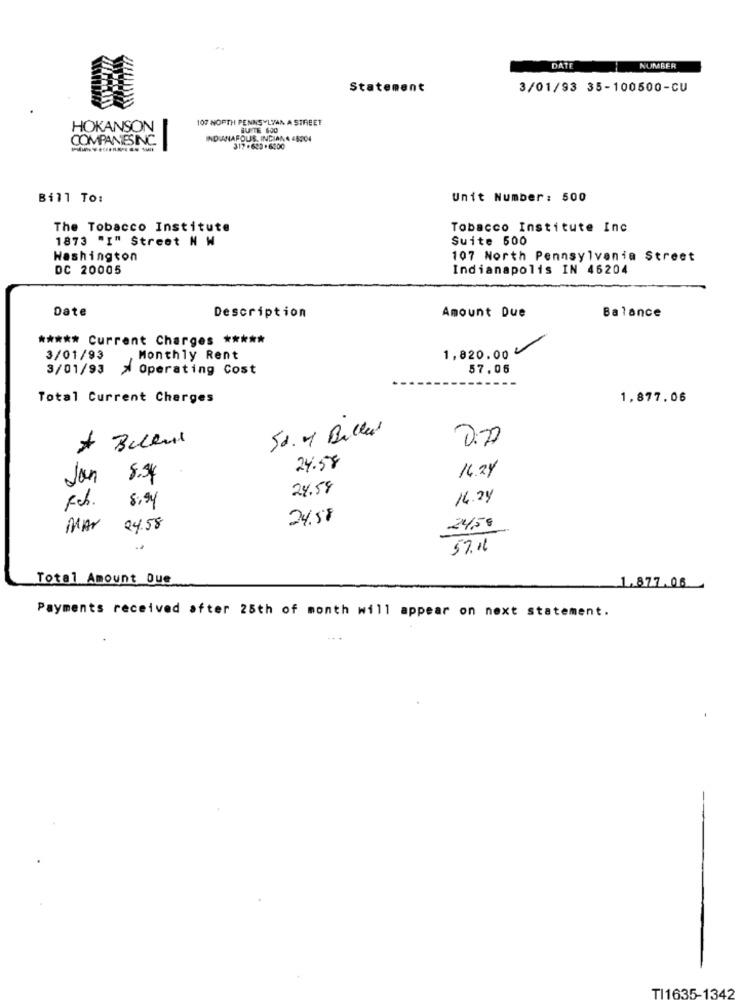
DATE
NUMBER
Statement
3/01/93 35-100500-CU
107 NORTH PENNSYLVAN A STREET
HOKANSON
BUSTE 600
INDIANAPOLIS. INDIAN 4 48304
317 -622 .6200
Bill To:
Unit Number: 500
The Tobacco Institute
Tobacco Institute Inc
1873 "I" Street N W
Suite 500
Washington
107 North Pennsylvania Street
DC 20005
Indianapolis IN 46204
Date
Amount Due
Description
Balance
***** Current Charges *****
1,820.00
3/01/93
Monthly Rent
3/01/93 > Operating Cost
57.05
Total Current Charges
1,877.06
50. 4 Billed
0.7
24.58
16.24
Jan 8.54
24.54
14.24
Fch.
24.58
MAY
24.58
24,50
57.16
Total Amount Due
1.877.06
Payments received after 25th of month will appear on next statement.
TI1635-1342